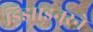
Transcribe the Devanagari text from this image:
डिझाइनरने